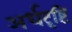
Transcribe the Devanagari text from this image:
अर्धदृष्टि